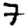
Digit: 7